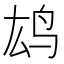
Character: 𫠖